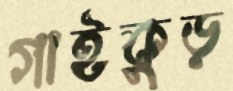
গাইকুড়